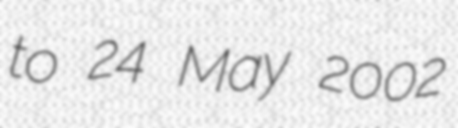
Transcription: to 24 May 2002